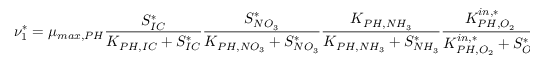
\nu _ { 1 } ^ { * } = \mu _ { m a x , P H } \frac { S _ { I C } ^ { * } } { K _ { P H , I C } + S _ { I C } ^ { * } } \frac { S _ { N O _ { 3 } } ^ { * } } { K _ { P H , N O _ { 3 } } + S _ { N O _ { 3 } } ^ { * } } \frac { K _ { P H , N H _ { 3 } } } { K _ { P H , N H _ { 3 } } + S _ { N H _ { 3 } } ^ { * } } \frac { K _ { P H , O _ { 2 } } ^ { i n , * } } { K _ { P H , O _ { 2 } } ^ { i n , * } + S _ { O _ { 2 } } ^ { * } } \frac { K _ { M ^ { * } } ^ { i n } } { K _ { M } ^ { i n } + M ^ { * } } \frac { I _ { 0 } } { I _ { o p t } } \ e ^ { ( 1 - \frac { I _ { 0 } } { I _ { o p t } } ) } \psi _ { P H } ^ { * }